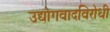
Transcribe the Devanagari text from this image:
उद्योगवादविरोधी